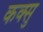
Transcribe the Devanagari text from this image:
कक्सु